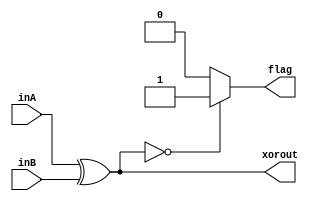
`timescale 1ns / 1ps
//////////////////////////////////////////////////////////////////////////////////
// Company: 
// Engineer: 
// 
// Design Name: 
// Module Name: XOR
// Project Name: 
// Target Devices: 
// Tool Versions: 
// Description: 
// 
// Dependencies: 
// 
// Revision:
// Revision 0.01 - File Created
// Additional Comments:
// 
//////////////////////////////////////////////////////////////////////////////////


module XOR(inA, inB, xorout, flag);
    input [31:0] inA;
    input [31:0] inB;
    output reg [31:0] xorout;
    output reg flag;
    
    always@(*) begin
        xorout = inA^inB;
        if(xorout==0)
            flag = 1;
        else
            flag = 0;
    end
endmodule